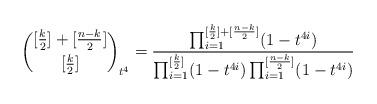
LaTeX: \begin{align*}\binom{[\frac{k}{2}]+[\frac{n-k}{2}]}{[\frac{k}{2}]}_{t^4} =\frac{\prod_{i=1}^{[\frac{k}{2}]+[\frac{n-k}{2}]}(1-t^{4i})}{\prod_{i=1}^{[\frac{k}{2}]}(1-t^{4i})\prod_{i=1}^{[\frac{n-k}{2}]}(1-t^{4i})}\end{align*}